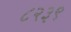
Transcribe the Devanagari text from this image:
८२३९